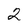
Character: 2